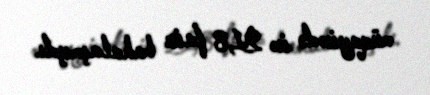
müqayisədə isə 21,8 faiz bahalaşmışdı.